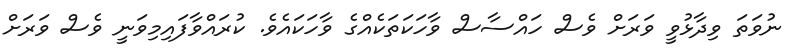
ނުވަތަ ވިދާޅުވީ ވަރަށް ވެސް ހައްސާސް ވާހަކަތަކެއްގެ ވާހަކައެވެ. ކުރައްވާފައިމިވަނީ ވެސް ވަރަށް